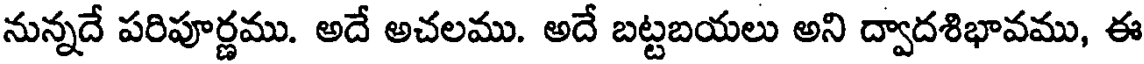
నున్నదే పరిపూర్ణము. అదే అచలము. అదే బట్టబయలు అని ద్వాదశిభావము, ఈ